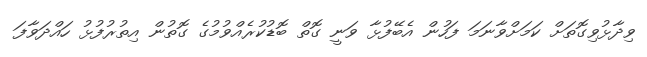
ވިދާޅުވިގޮތަށް ކަމަށްވާނަމަ ފަހުން އެބޭފުޅާ ވަނީ ގޮތް ބޮޑުކުރެއްވުމުގެ ގޮތުން އިތުރުފުޅު ހައްދަވާފަ